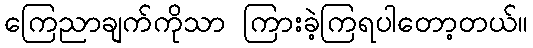
ကြေညာချက်ကိုသာ ကြားခဲ့ကြရပါတော့တယ်။